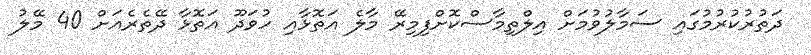
ދަތުރުކުރުމުގައި ސަމާލުވުމަށް އިލްތިމާސްކޮށްފިމިރޭ މާލެ އަތޮޅާއި ހުވަދޫ އަތޮޅާ ދޭތެރެއަށް 40 މޭލު